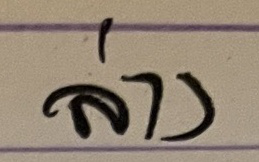
ล่าง